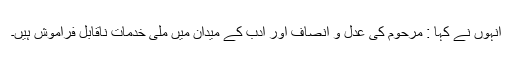
انہوں نے کہا : مرحوم کی عدل و انصاف اور ادب کے میدان میں ملّی خدمات ناقابلِ فراموش ہیں۔